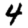
Digit: 4